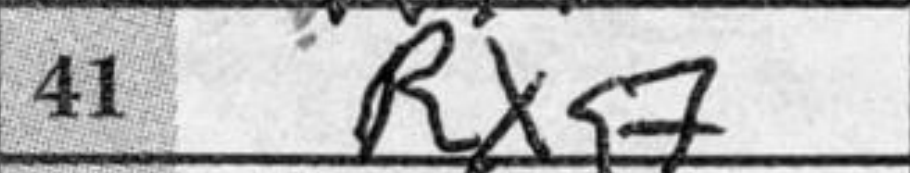
Transcription: Rxg7